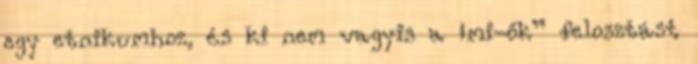
egy etnikumhoz, és ki nem vagyis a „mi-ők” felosztást